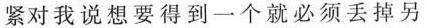
紧对我说想要得到一个就必须丢掉另